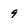
Character: 9